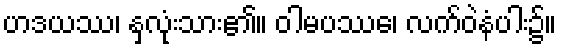
ဟဒယဿ၊ နှလုံးသား၏။ ဝါမပဿေ၊ လက်ဝဲနံပါး၌။